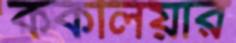
ককলিয়ার